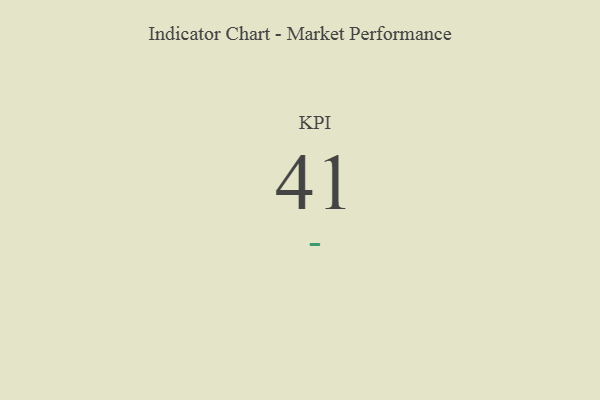
{"axis": {"x": "KPI", "y": "Value"}, "legend": [""], "data": [{"x": "KPI", "y": 41, "type": ""}]}